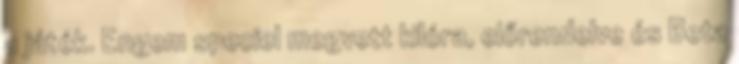
a játék. Engem speciel megvett kilóra, előrendelve és Beta